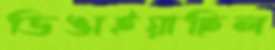
ডিঙাইয়াছিল